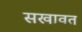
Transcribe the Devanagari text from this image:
सखावत